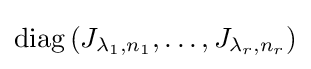
\mathrm {diag} \left(J_{\lambda _{1},n_{1}},\ldots ,J_{\lambda _{r},n_{r}}\right)